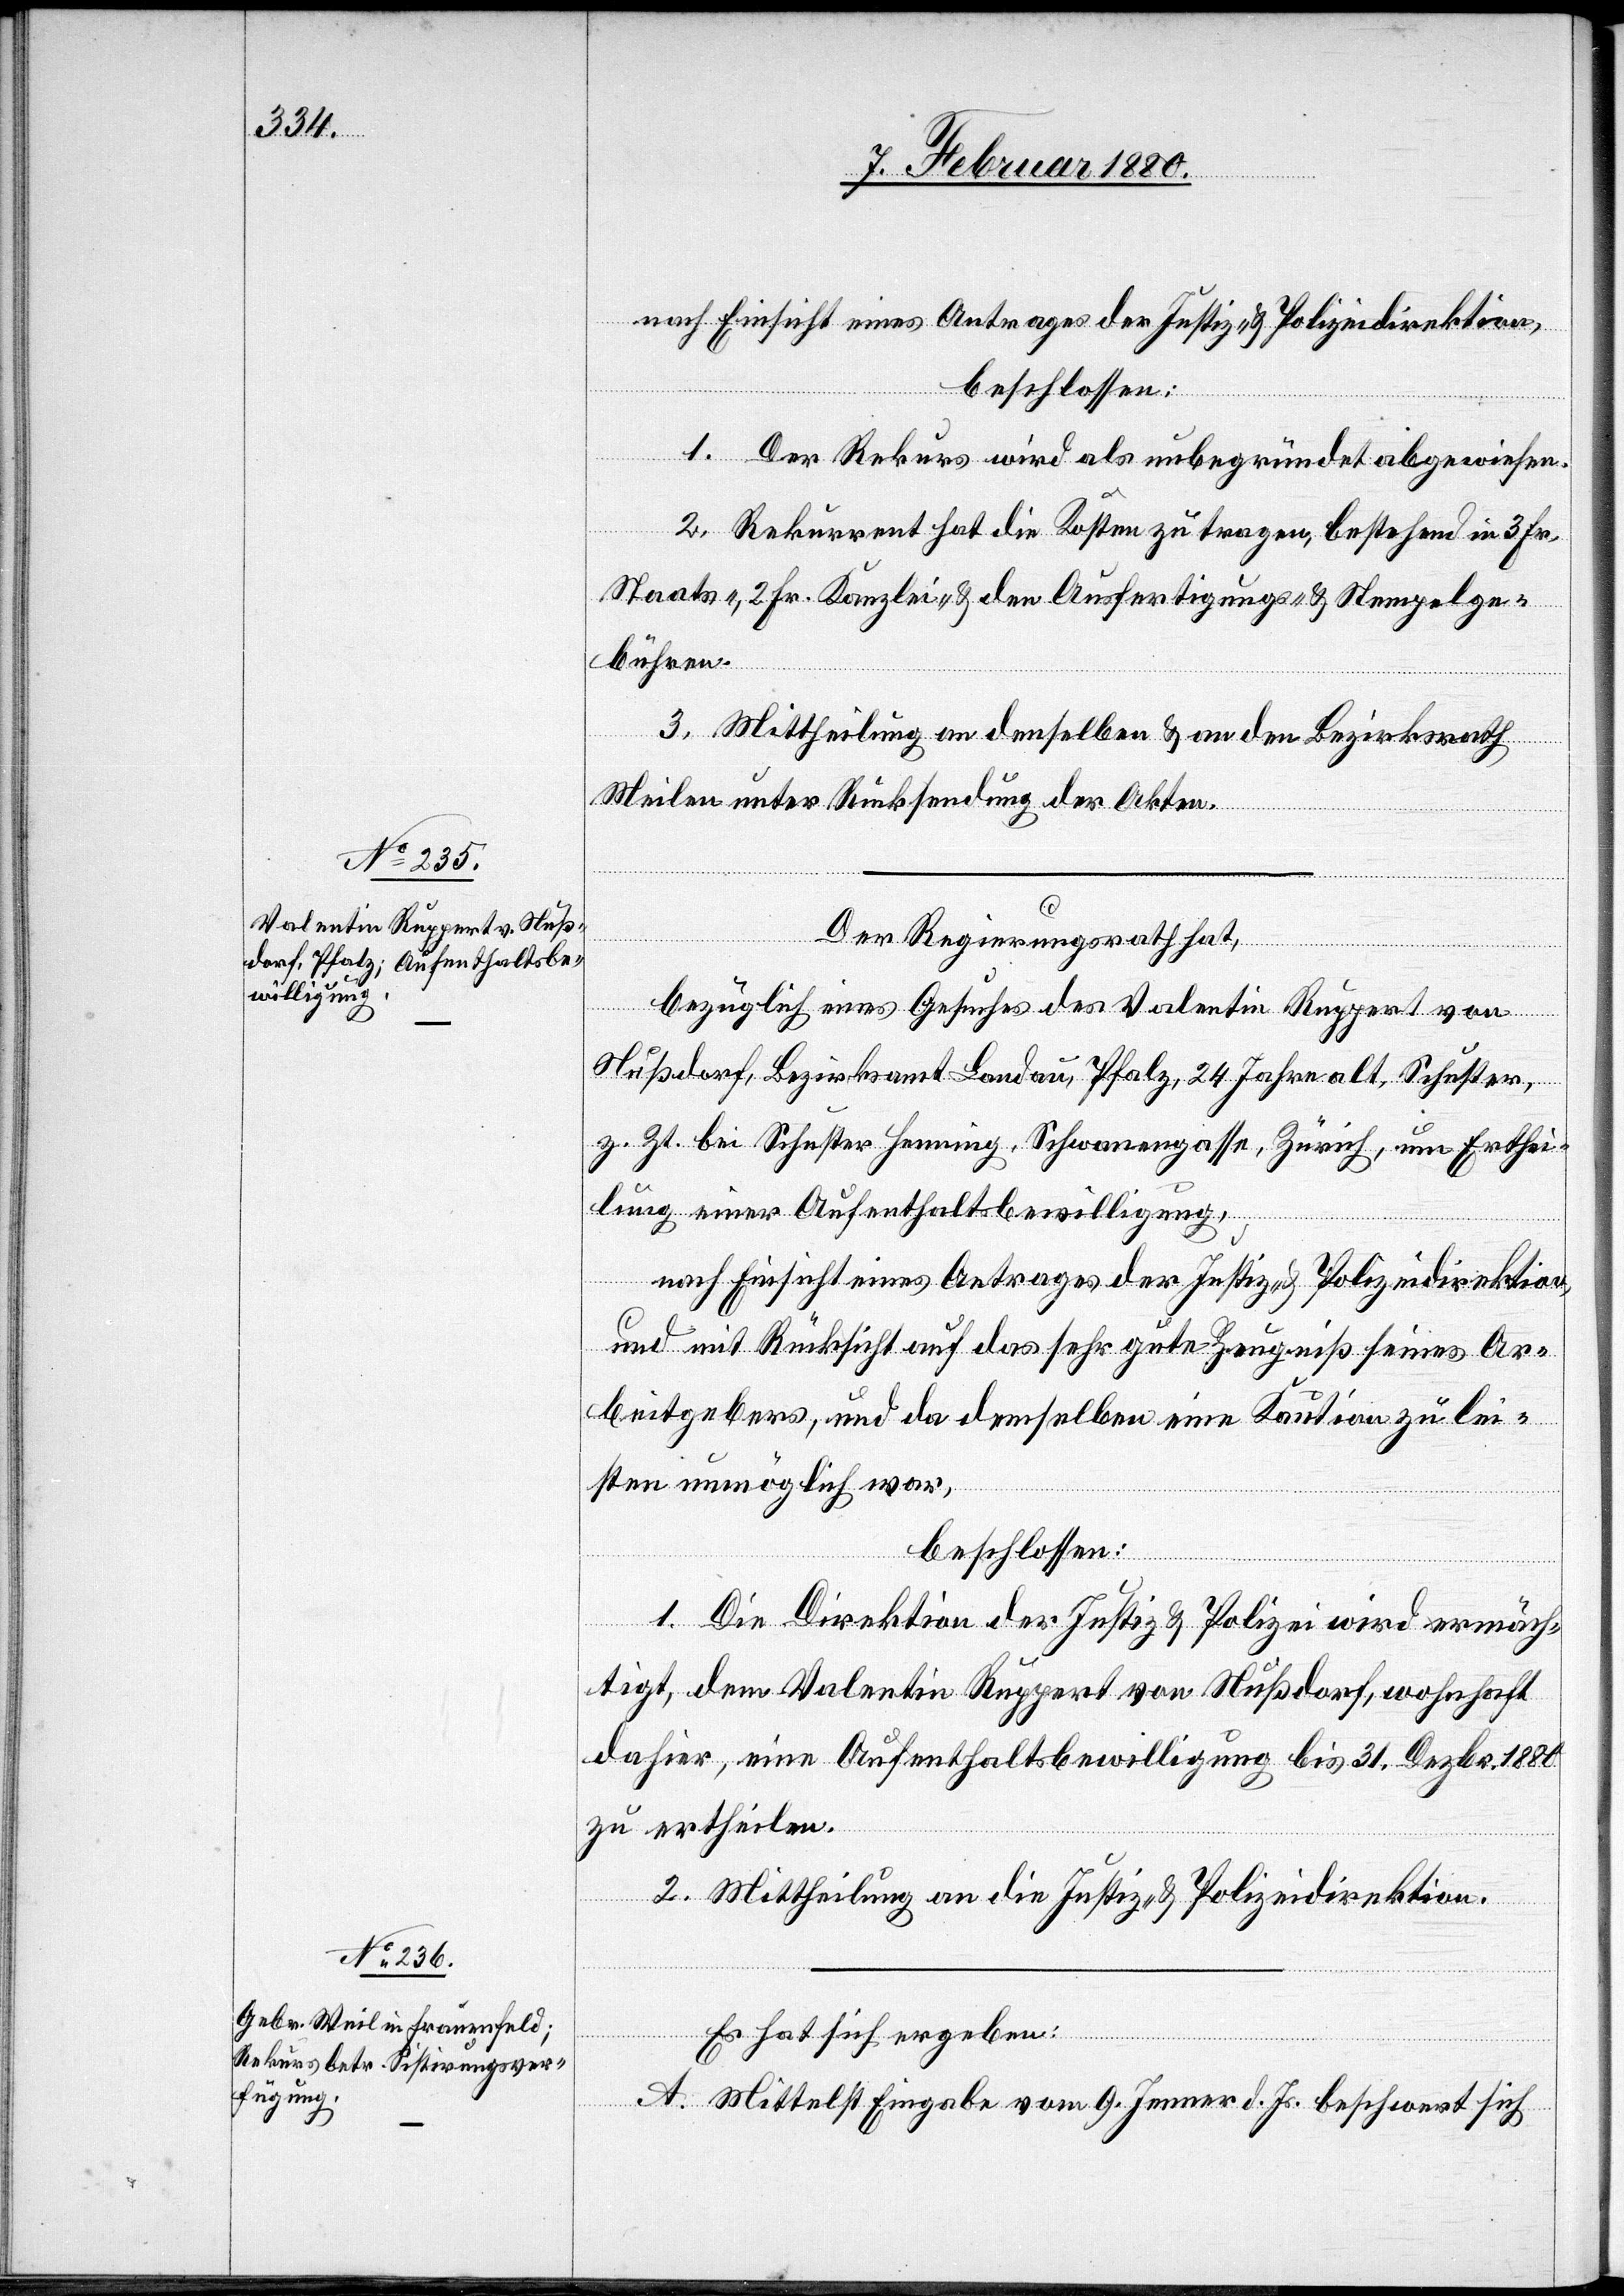
nach Einsicht eines Antrages der Justiz- & Polizeidirektion,
beschlossen:
1. Der Rekurs wird als unbegründet abgewiesen.
2. Rekurrent hat die Kosten zu tragen, bestehend in 3 Fr.
Staats-, 2 Fr. Kanzlei- & den Ausfertigungs- & Stempelge¬
bühren.
3. Mittheilung an denselben & an dien Bezirksrath
Meilen unter Rücksendung der Akten.
Der Regierungsrath hat,
bezüglich eines Gesuches des Valentin Ruppert von
Nußdorf, Bezirksamt Landau, Pfalz, 24 Jahre alt, Schuster,
z. Zt. Schuster Henning, Schwanengasse, Zürich, um Erthei¬
lung einer Aufenthaltsbewilligung,
nach Einsicht eines Antrages der Justiz- & Polizeidirektion
und mit Rücksicht auf das sehr gute Zeugniß seines Ar¬
beitgebers, und da demselben eine Kaution zu lei¬
sten unmöglich war,
beschlossen:
1. Die Direktion der Justiz & Polizei wird ermäch¬
tigt, dem Valentin Ruppert von Nußdorf, wohnhaft
dahier, eine Aufenthaltsbewilligung bis 31. Dezbr. 1880
zu ertheilen.
2. Mittheilung an die Justiz- & Polizeidirektion.
Es hat sich ergeben:
A. Mittelst Eingabe vom 9. Jenner d. Js. beschwert sich